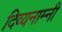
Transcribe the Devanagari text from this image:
दिव्यनाम्नी